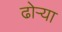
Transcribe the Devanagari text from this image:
ढोऱ्या